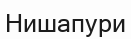
Нишапури